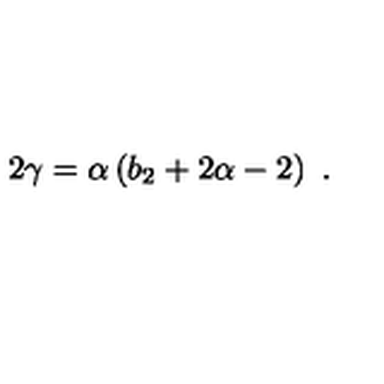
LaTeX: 2 \gamma = \alpha \left( b _ { 2 } + 2 \alpha - 2 \right) \ .